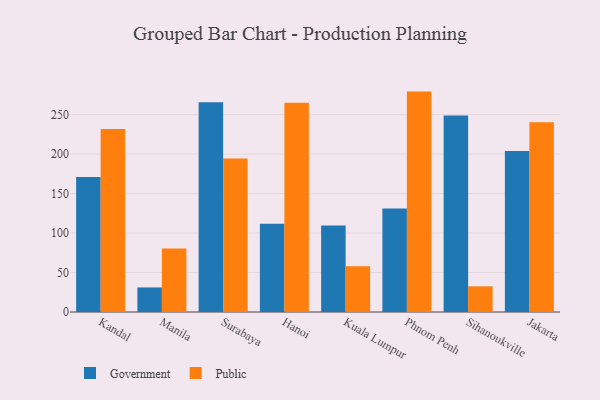
{"axis": {"x": "City", "y": "Website Visitors"}, "legend": ["Government", "Public"], "data": [{"x": "Kandal", "y": 171.0, "type": "Government"}, {"x": "Kandal", "y": 231.8, "type": "Public"}, {"x": "Manila", "y": 31.1, "type": "Government"}, {"x": "Manila", "y": 80.4, "type": "Public"}, {"x": "Surabaya", "y": 265.6, "type": "Government"}, {"x": "Surabaya", "y": 194.4, "type": "Public"}, {"x": "Hanoi", "y": 111.8, "type": "Government"}, {"x": "Hanoi", "y": 265.2, "type": "Public"}, {"x": "Kuala Lumpur", "y": 109.5, "type": "Government"}, {"x": "Kuala Lumpur", "y": 58.1, "type": "Public"}, {"x": "Phnom Penh", "y": 131.1, "type": "Government"}, {"x": "Phnom Penh", "y": 279.2, "type": "Public"}, {"x": "Sihanoukville", "y": 249.0, "type": "Government"}, {"x": "Sihanoukville", "y": 32.5, "type": "Public"}, {"x": "Jakarta", "y": 203.8, "type": "Government"}, {"x": "Jakarta", "y": 240.3, "type": "Public"}]}